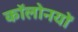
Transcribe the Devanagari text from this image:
कॉलोनयों